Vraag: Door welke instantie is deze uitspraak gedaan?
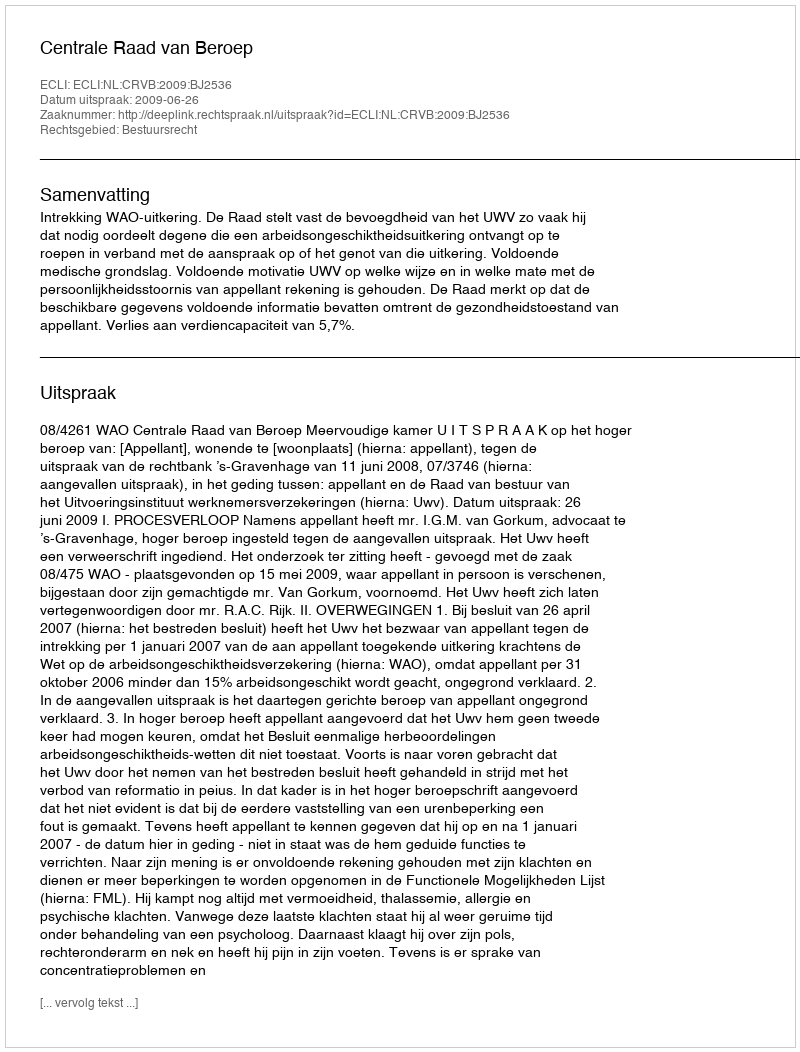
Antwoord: Centrale Raad van Beroep